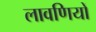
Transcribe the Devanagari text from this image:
लावणियों